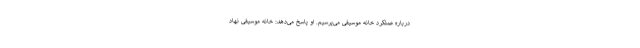
درباره عملکرد خانه موسیقی می‌پرسیم. او پاسخ می‌دهد: خانه موسیقی نهاد